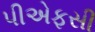
પીએફસી